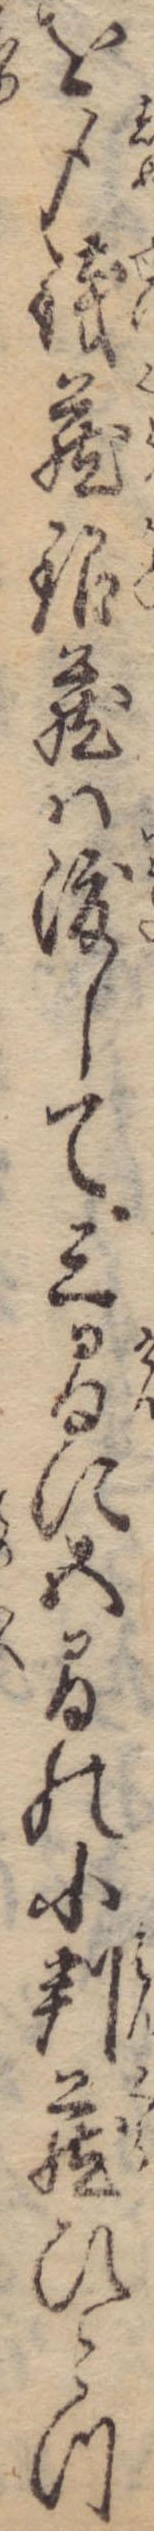
を〆銭蔵銀蔵は渡して三間に五間の小判蔵ひとつ